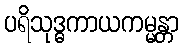
ပရိသုဒ္ဓကာယကမ္မန္တာ